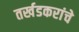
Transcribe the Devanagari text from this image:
तर्खडकरांचे